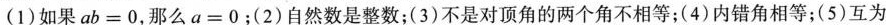
(1)如果$$a b = 0$$，那么$$a = 0$$；(2)自然数是整数；(3)不是对顶角的两个角不相等；(4)内错角相等；(5)互为